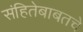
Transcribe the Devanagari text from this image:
संहितेबाबतचे